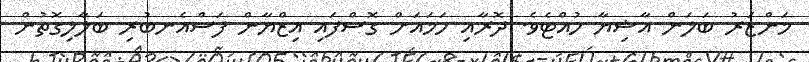
މަންޒަރު ބަލަން އާޝިޔާ ހުއްޓެވެ. ދޮރާއި ހަމައަށް ގޮސްފައި އިޒްޔާން ފަސްއެނބުރި ބަލާލިގޮތުން